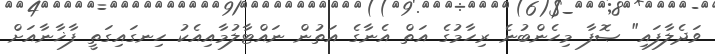
ވަދެލާފައި" ޞޮފާ މިހެންބުނެ ރިހާމުގެ އަތް އެނާގެ އަތުން ނައްޓާލުމާއިއެކު ހިނގައިގަތީ ފާޚާނާއަށް